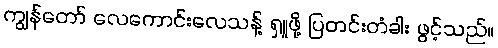
ကျွန်တော် လေကောင်းလေသန့် ရှူဖို့ ပြတင်းတံခါး ဖွင့်သည်။